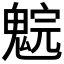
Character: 𩳚